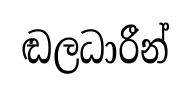
ඬලධාරීන්